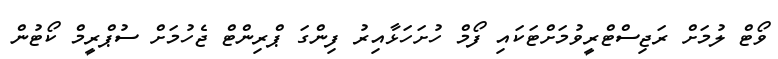
ވޯޓް ލުމަށް ރަޖިސްޓްރީވުމަށްޓަކައި ފޯމް ހުށަހަޅާއިރު ފިންގަ ޕްރިންޓް ޖެހުމަށް ސުޕްރީމް ކޯޓުން